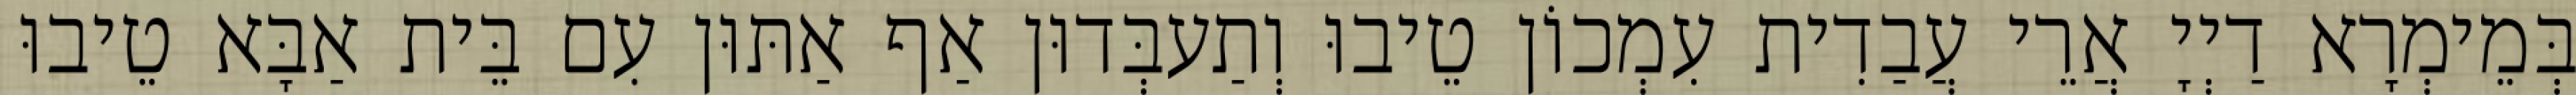
בְּמֵימְרָא דַיְיָ אֲרֵי עֲבַדִית עִמְכוֹן טֵיבוּ וְתַעבְּדוּן אַף אַתּוּן עִם בֵּית אַבָּא טֵיבוּ